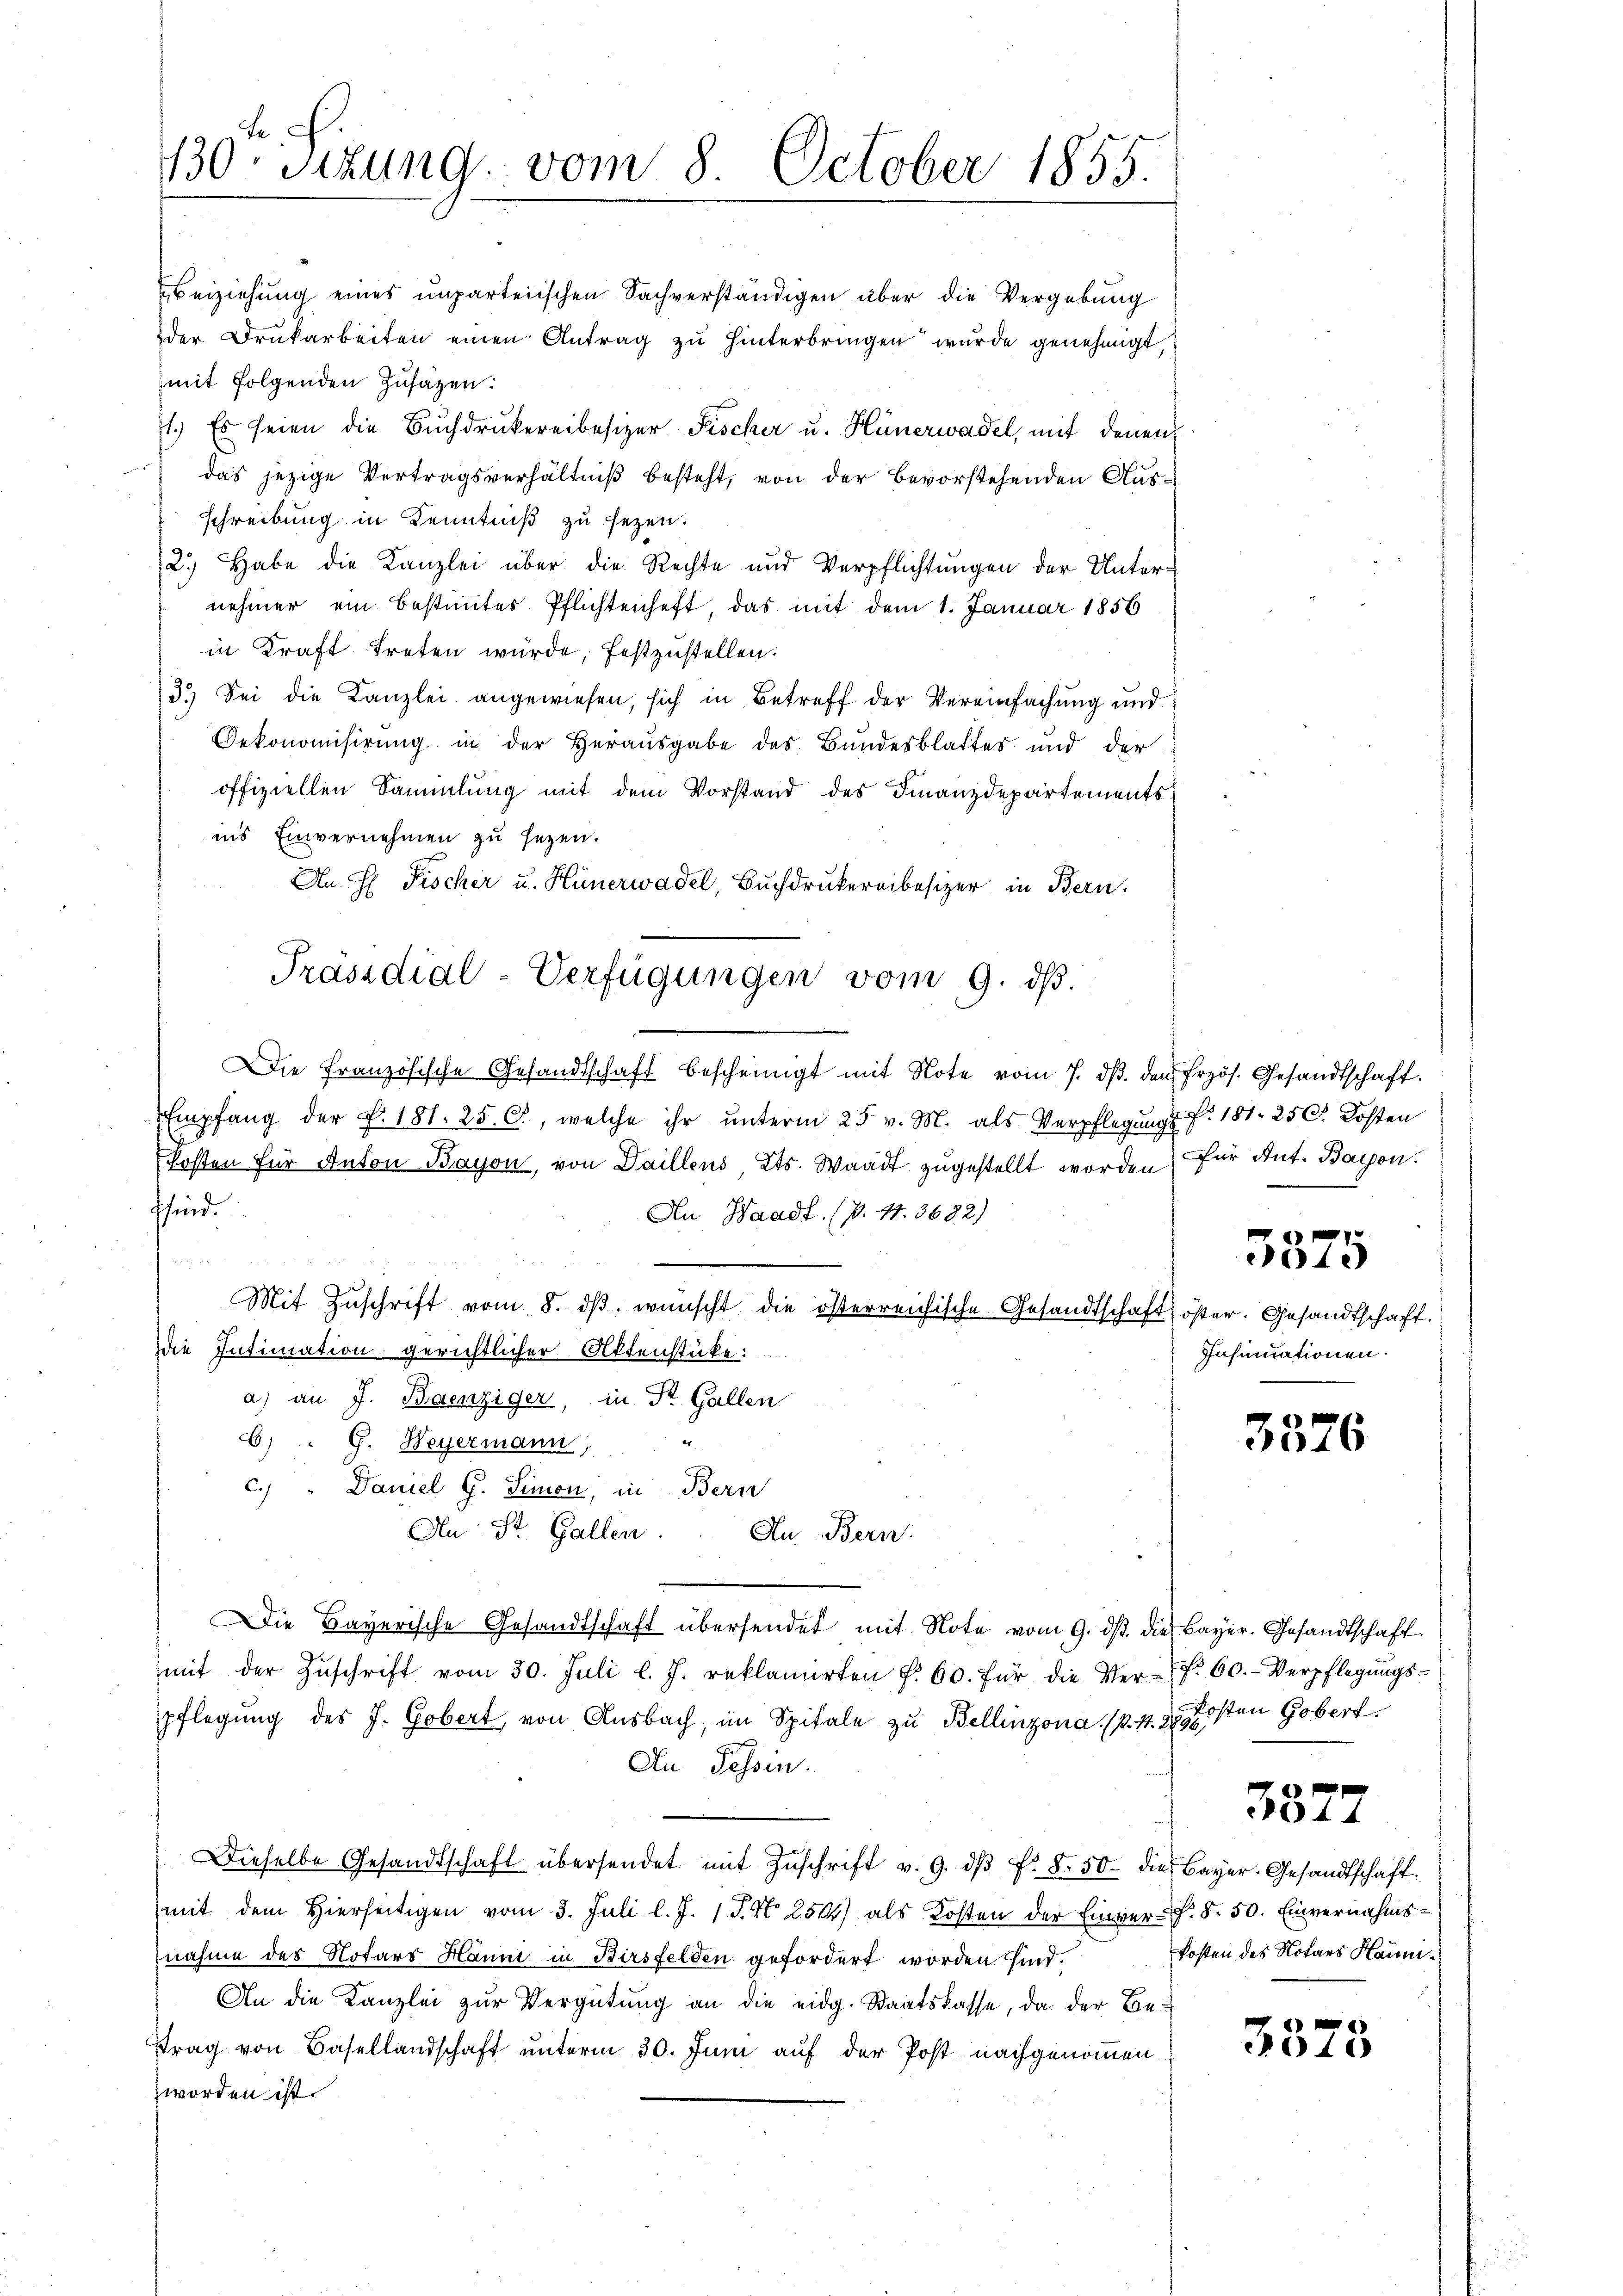
130 sizung vom 8. October 1855.

Beiziehung eines unparteiischen Sachverständigen über die Vergebung
der Drukarbeiten einen Antrag zu hinterbringen wurde genehmigt,
mit folgenden Zusätzen:
71.) Es seien die Buchdrukereibesizer Fischer u. Hünerwadel, mit denen
das jezige Vertragsverhältniß besteht, von der bevorstehenden Ausschreibung in Kenntniß zu sezen.
2.) Habe die Kanzlei über die Rechte und Verpflichtungen der Unternehmer ein bestimmtes Pflichtenheft, das mit dem 1. Januar 1856
in Kraft treten würde, festzustellen.
3.) Sei die Kanzlei angewiesen, sich in Betreff der Vereinfachung und
Oekonomisirŭng in der Heraŭsgabe des Bŭndesblattes und der
offiziellen Sammlung mit dem Vorstand des Finanzdepartements
in’s Einvernehmen zu sezen.
An H. Fischer u. Hünerwadel, Buchdrukereibesizer in Bern.
Empfang der P. 181. 25. O., welche ihr unterm 25. v. M. als Verpflegungs P. 181. 250. Kosten
kosten für Anton Bayon, von Daillens Kts. Waadt zugestellt worden, für Ant. Baron.
sfind.
An Waadt. (v. 17. 3682)

Mit Zŭschrift vom 8. dβ. wünscht die österreichische Gesandtschaft öster. Gesandtschaft.
die Intimation gerichtlicher Aktenstücke:
a) an J. Braenziger, in Dr. Gallen
d
6) " G. Weyermann,
c.) " Daniel G. Simon, in Bern
An St. Gallen. In Bern.
Die Bayerische Gesandtschaft übersendet mit Note vom 9. ds. die Bayer. Gesandtschaft
mit der Zŭschrift vom 30. Juli l. J. reklamirten f. 60. für die Ver- f. 60.- Verpflegŭngs-
pflegung des J. Gobert von Ausbach, im Spitale zu Bellinzona (p. 1. 25. 21sten Gobert.
E
An Tessin.
Dieselbe Gesandtschaft übersendet mit Zŭschrift v. 9. dβ f. 8. 50 die Bayer-Gesandtschaft
mit dem Hierseitigen vom 3. Juli l. J. 1 P. N. 2544) als Kosten der Einver-F. §. 50. Einvernahmsnahme des Notars Hanni in Birsfelden gefordert worden sind.
An die Kanzlei zur Vergütung an die eidg. Staatskasse, da der Betrag von Basellandschaft unterm 30. Juni auf der Post nachgenommen
worden ist.

Präsidial-Verfügungen vom 9. ds.
Die französische Gesandtschaft bescheinigt mit Note vom 7. ds. den Erzös. Gesandtschaft.

e
4.)
Insinuationen.

3376

3372

kosten des Notars Haum¬

3578